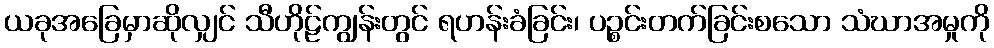
ယခုအခြေမှာဆိုလျှင် သီဟိုဠ်ကျွန်းတွင် ရဟန်းခံခြင်း၊ ပဉ္စင်းတက်ခြင်းစသော သံဃာအမှုကို